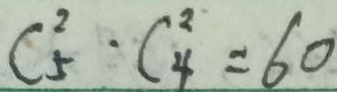
C _ { 5 } ^ { 2 } \cdot C _ { 4 } ^ { 2 } = 6 0